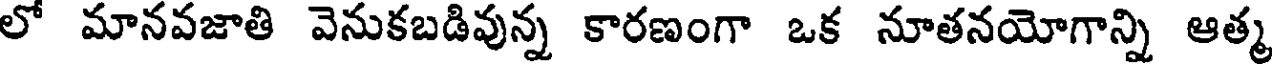
లో మానవజాతి వెనుకబడివున్న కారణంగా ఒక నూతనయోగాన్ని ఆత్మ